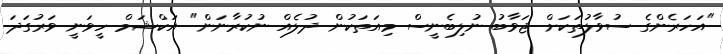
"އަހަރެންގެ ސުވާލުތަކަށް ޖަވާބު ނުލިބެނީސް މިއަތަކުން ދުލެއް ނުކުރާނަން" އަކްޝަމް ހީވަނީ ވަރުގަދަ